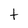
Character: t